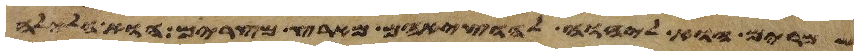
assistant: שמרים הוא ליהוה להוציאם מארץ מצרים הוא הלילה